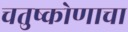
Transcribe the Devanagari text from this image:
चतुष्कोणाचा